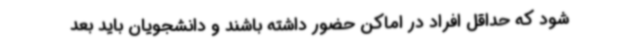
‌شود که حداقل افراد در اماکن حضور داشته باشند و دانشجویان باید بعد